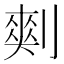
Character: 𰄾